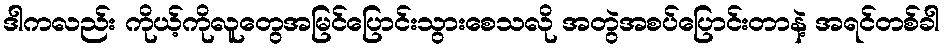
ဒါကလည်း ကိုယ့်ကိုလူတွေအမြင်ပြောင်းသွားစေသလို အတွဲအစပ်ပြောင်းတာနဲ့ အရင်တစ်ခါ